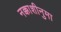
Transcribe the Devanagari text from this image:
नक्काशीनुमा